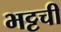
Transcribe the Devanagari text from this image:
भट्टची